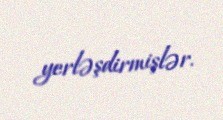
yerləşdirmişlər.